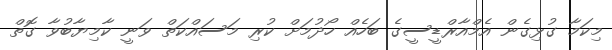
މިކަމާ ގުޅިގެން އެމްއާރްޑީސީގެ ބަހެއް ހޯދުމަށް ކުރި މަސައްކަތް ވަނީ ކާމިޔާބުވާ ގޮތް